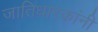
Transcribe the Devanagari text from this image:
जातिधारकांनी